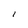
Character: I